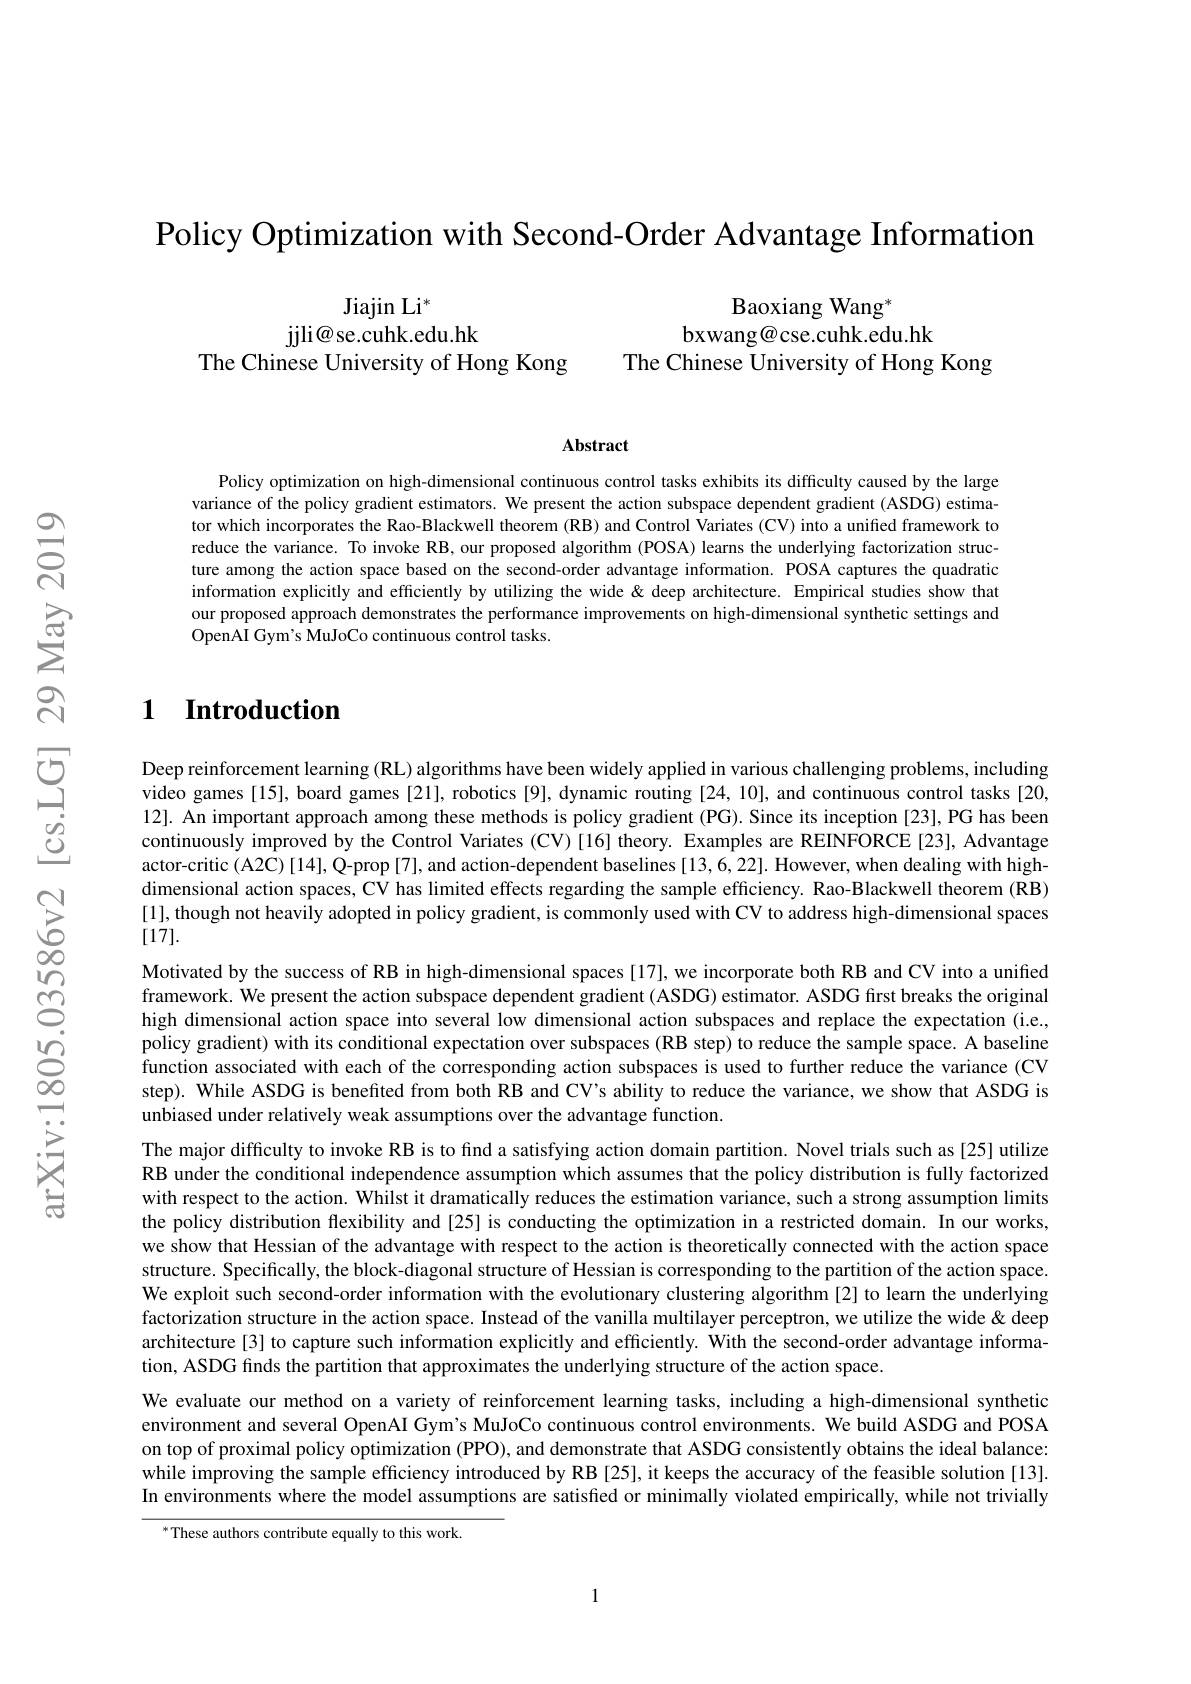
Policy Optimization with Second-Order Advantage Information

Jiajin Li$^*$
${\mathrm{jjli@se.cuhk.edu.hk}}$

The Chinese University of Hong Kong The Chinese University of Hong Kong

Baoxiang Wang$^*$
bxwang@cse.cuhk.edu.hk

Abstract

Policy optimization on high-dimensional continuous control tasks exhibits its difficulty caused by the large variance of the policy gradient estimators. We present the action subspace dependent gradient (ASDG) estimator which incorporates the Rao-Blackwell theorem (RB) and Control Variates (CV) into a unified framework to reduce the variance. To invoke RB, our proposed algorithm (POSA) learns the underlying factorization structure among the action space based on the second-order advantage information. POSA captures the quadratic information explicitly and efficiently by utilizing the wide & deep architecture. Empirical studies show that our proposed approach demonstrates the performance improvements on high-dimensional synthetic settings and OpenAI Gym's MuJoCo continuous control tasks.

# $\textbf{1}$ $\textbf{Introduction}$

Deep reinforcement learning (RL) algorithms have been widely applied in various challenging problems, including video games [15], board games [21], robotics [9], dynamic routing [24, 10], and continuous control tasks [20, 12]. An important approach among these methods is policy gradient (PG). Since its inception [23], PG has been continuously improved by the Control Variates (CV)[16] theory. Examples are REINFORCE[23], Advantage actor-critic (A2C) [14], Q-prop [7], and action-dependent baselines [13,6,22]. However, when dealing with highdimensional action spaces, CV has limited effects regarding the sample efficiency. Rao-Blackwell theorem (RB) [1], though not heavily adopted in policy gradient, is commonly used with CV to address high-dimensional spaces [17].

Motivated by the success of RB in high-dimensional spaces [17], we incorporate both RB and CV into a unified framework. We present the action subspace dependent gradient (ASDG) estimator. ASDG first breaks the original high dimensional action space into several low dimensional action subspaces and replace the expectation (i.e., policy gradient) with its conditional expectation over subspaces (RB step) to reduce the sample space. A baseline function associated with each of the corresponding action subspaces is used to further reduce the variance (CV step). While ASDG is benefited from both RB and CV's ability to reduce the variance, we show that ASDG is unbiased under relatively weak assumptions over the advantage function.
The major difficulty to invoke RB is to find a satisfying action domain partition. Novel trials such as [25] utilize RB under the conditional independence assumption which assumes that the policy distribution is fully factorized with respect to the action. Whilst it dramatically reduces the estimation variance, such a strong assumption limits the policy distribution flexibility and [25] is conducting the optimization in a restricted domain. In our works, we show that Hessian of the advantage with respect to the action is theoretically connected with the action space structure. Specifically, the block-diagonal structure of Hessian is corresponding to the partition of the action space. We exploit such second-order information with the evolutionary clustering algorithm[2] to learn the underlying factorization structure in the action space. Instead of the vanilla multilayer perceptron, we utilize the wide & deep architecture [3] to capture such information explicitly and efficiently. With the second-order advantage information, ASDG finds the partition that approximates the underlying structure of the action space.
We evaluate our method on a variety of reinforcement learning tasks, including a high-dimensional synthetic environment and several OpenAI Gym's MuJoCo continuous control environments. We build ASDG and POSA on top of proximal policy optimization (PPO), and demonstrate that ASDG consistently obtains the ideal balance: while improving the sample efficiency introduced by RB [25], it keeps the accuracy of the feasible solution [13]. In environments where the model assumptions are satisfed or minimally violated empirically, while not trivially
$^{*}$These authors contribute equally to this work.

1